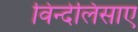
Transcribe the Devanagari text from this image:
विन्देलिसाए